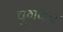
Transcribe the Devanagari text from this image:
चुगकर